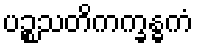
ပဉ္စသတိကက္ခန္ဓကံ